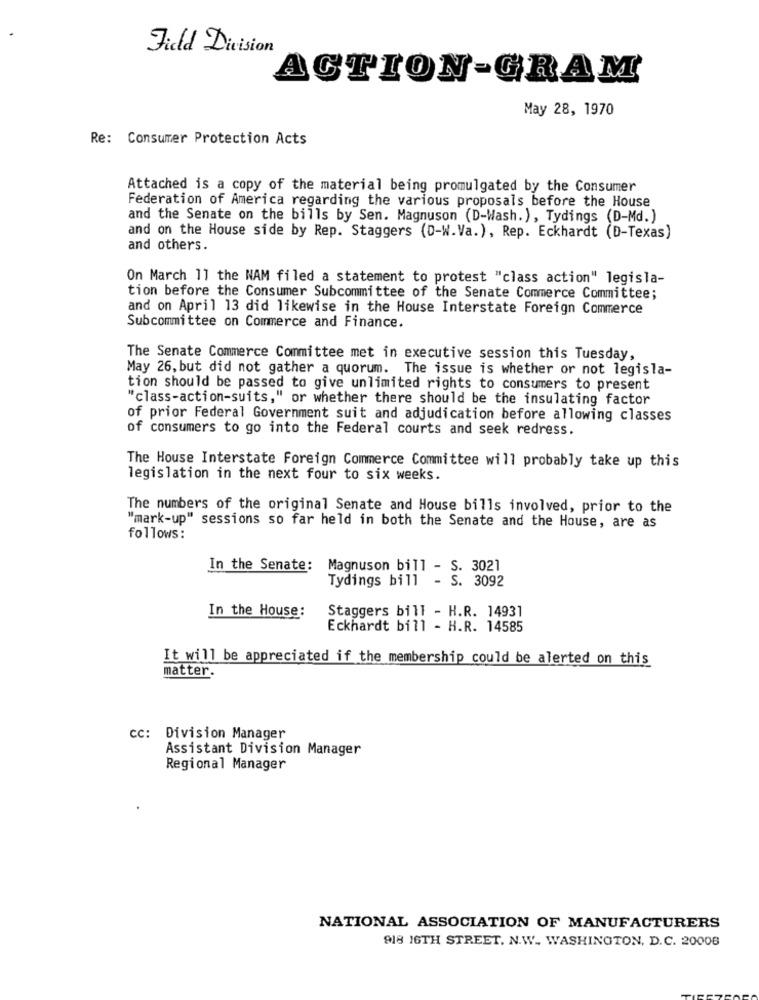
Field Division
ACTION-GRAM
May 28, 1970
Re: Consumer Protection Acts
Attached is a copy of the material being promulgated by the Consumer
Federation of America regarding the various proposals before the House
and the Senate on the bills by Sen. Magnuson (D-Wash.), Tydings (D-Md.)
and on the House side by Rep. Staggers (D-W.Va.), Rep. Eckhardt (D-Texas)
and others.
On March 11 the NAM filed a statement to protest "class action" legisla-
tion before the Consumer Subcommittee of the Senate Commerce Committee;
and on April 13 did likewise in the House Interstate Foreign Commerce
Subcommittee on Commerce and Finance.
The Senate Commerce Committee met in executive session this Tuesday,
May 26, but did not gather a quorum. The issue is whether or not legisla-
tion should be passed to give unlimited rights to consumers to present
"class-action-suits," or whether there should be the insulating factor
of prior Federal Government suit and adjudication before allowing classes
of consumers to go into the Federal courts and seek redress.
The House Interstate Foreign Commerce Committee will probably take up this
legislation in the next four to six weeks.
The numbers of the original Senate and House bills involved, prior to the
"mark-up" sessions so far held in both the Senate and the House, are as
follows:
In the Senate:
Magnuson bill - S. 3021
Tydings bill - S. 3092
In the House:
Staggers bill - H.R. 14931
Eckhardt bill - H.R. 14585
It will be appreciated if the membership could be alerted on this
matter.
cc: Division Manager
Assistant Division Manager
Regional Manager
NATIONAL ASSOCIATION OF MANUFACTURERS
918 16TH STREET. N.W .. WASHINGTON, D.C. 20006